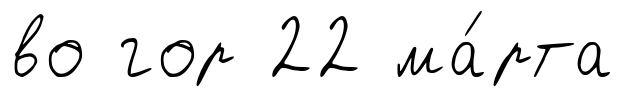
во гор 22 ма́рта